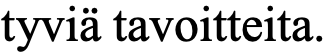
tyviä tavoitteita.